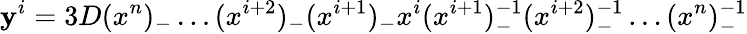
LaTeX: \mathbf{y}^{i}=3D(x^{n})_{-}\ldots(x^{i+2})_{-}(x^{i+1})_{-}x^{i}(x^{i+1})_{-}^{-1}(x^{i+2})_{-}^{-1}\ldots(x^{n})_{-}^{-1}